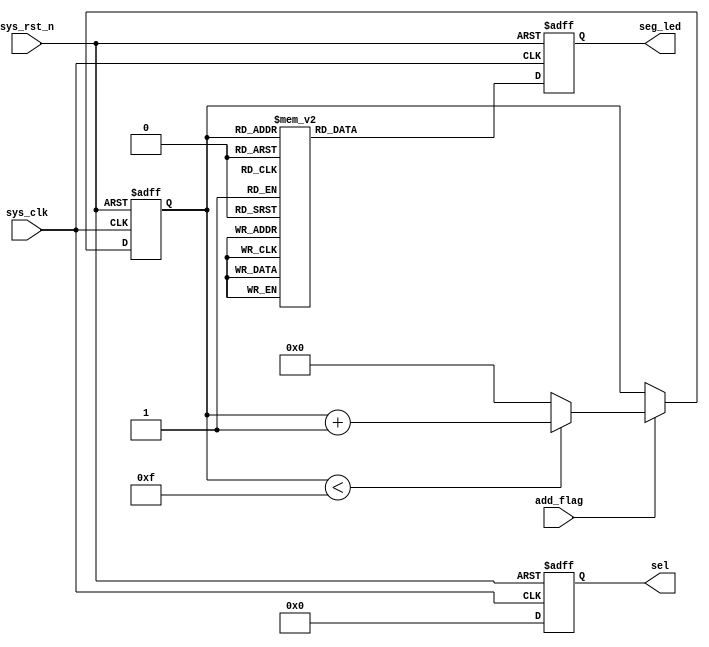
/*******************************************************************************
@Author: H 
@Associated Filename: seg_led_static.v
@Purpose: Low-level module
@Device: All 
@Version: 1.0
@Date: 2021/09/10 18:07:13

*******************************************************************************/
module seg_led_static (
    input sys_clk,
    input sys_rst_n,

    input  add_flag,
    output reg [5:0]  sel,
    output reg [7:0] seg_led
);
    // here need to notice sel and seg_led must be reg or cannot be nonblocking assignment 
    reg [3:0] num;  
    /*******************************************************************************
     *                                 Main Code
    *******************************************************************************/
    // Strobe the 6 Digital tube
    always @(posedge sys_clk or negedge sys_rst_n ) begin
        if (!sys_rst_n) begin
            sel <= 6'b111_111;
        end
        else    
            sel <= 6'b000_000;
    end
    // the num show an the tube is added by timing 
    always @(posedge sys_clk or negedge sys_rst_n ) begin
        if(!sys_rst_n)begin
            num <= 4'b0;
        end
        else if (add_flag) begin
            if (num < 4'hf) begin
                num <= num + 1'b1;
            end
            else 
                num <= 4'h0;
        end
        else begin
            num <= num;
        end
    end
    // num - digital tube
    always @(posedge sys_clk or negedge sys_rst_n ) begin
        if(!sys_rst_n)begin
            seg_led <= 8'b0;
        end
        else begin
            case (num)
                4'h0: seg_led <= 8'b1100_0000;
                4'h1: seg_led <= 8'b1111_1001;
                4'h2: seg_led <= 8'b1010_0100;
                4'h3: seg_led <= 8'b1011_0000;
                4'h4: seg_led <= 8'b1001_1001;
                4'h5: seg_led <= 8'b1001_0010;
                4'h6: seg_led <= 8'b1000_0010;
                4'h7: seg_led <= 8'b1111_1000;
                4'h8: seg_led <= 8'b1000_0000;
                4'h9: seg_led <= 8'b1001_0000;
                4'ha: seg_led <= 8'b1000_1000;
                4'hb: seg_led <= 8'b1000_0011;
                4'hc: seg_led <= 8'b1100_0110;
                4'hd: seg_led <= 8'b1010_0001;
                4'he: seg_led <= 8'b1000_0110;
                4'hf: seg_led <= 8'b1000_1110;
                default: seg_led <= 8'b1100_0000;
            endcase     
        end
    end
endmodule